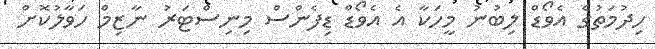
ހިދުމަތުގެ އެވޯޑް ލިބުނު މީހަކާ އެ އެވޯޑް ޑިފެންސް މިނިސްޓަރު ނާޒިމް ހަވާލުކޮށް